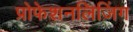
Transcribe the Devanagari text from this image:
प्रोफेशनलिज़िंग